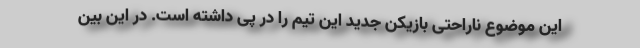
این موضوع ناراحتی بازیکن جدید این تیم را در پی داشته است. در این بین